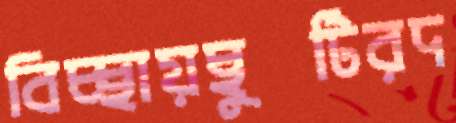
বিচ্ছায়ছুটিরদ